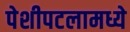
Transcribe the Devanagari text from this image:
पेशीपटलामध्ये